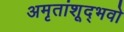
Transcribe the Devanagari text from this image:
अमृतांशूद्भवो